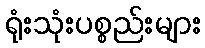
ရုံးသုံးပစ္စည်းများ